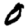
Digit: 0